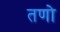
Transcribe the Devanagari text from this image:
तणो